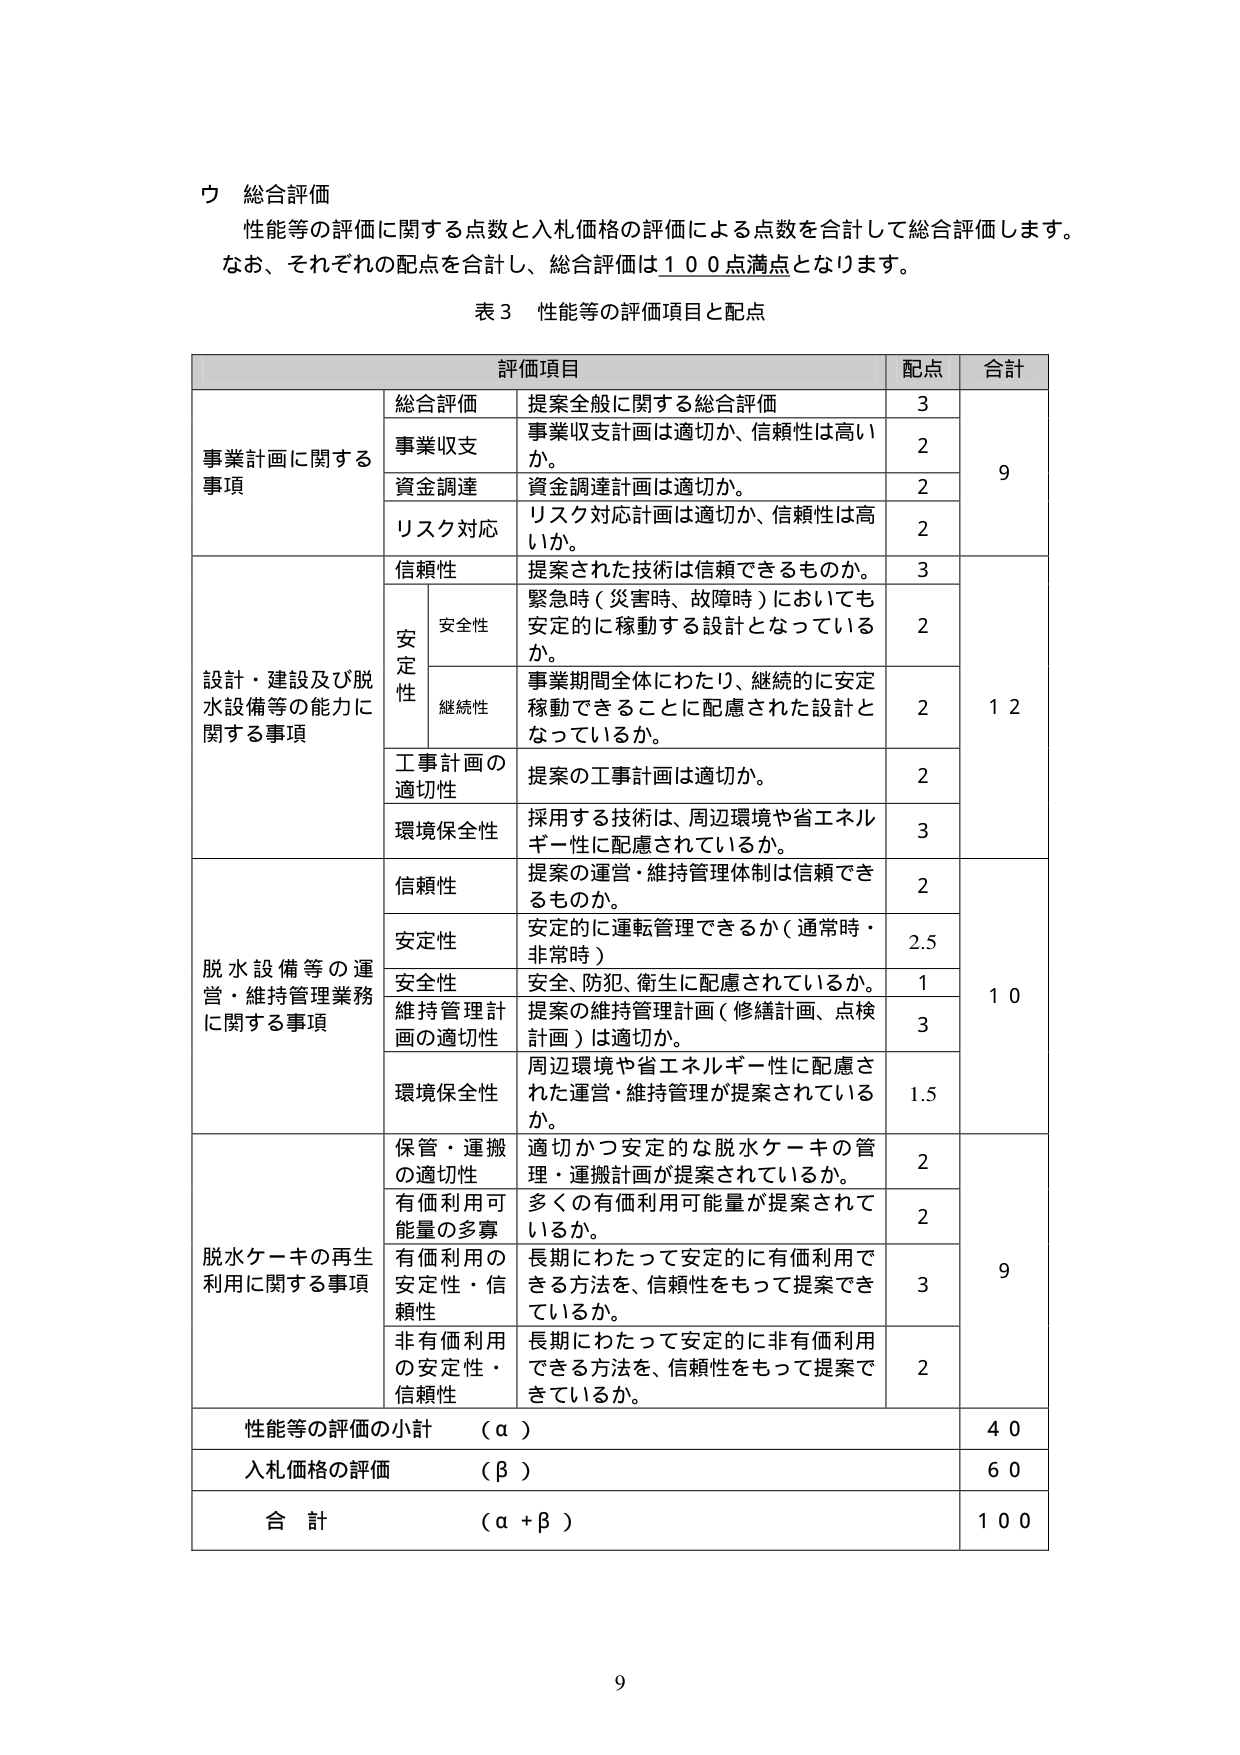
ウ 総合評価
性能等の評価に関する点数と入札価格の評価による点数を合計して総合評価します。
なお、それぞれの配点を合計し、総合評価は１００点満点となります。

表３ 性能等の評価項目と配点

評価項目 配点 合計
事業計画に関する事項
　総合評価 提案全般に関する総合評価 ３ ９
　事業収支 事業収支計画は適切か、信頼性は高いか。 ２
　資金調達 資金調達計画は適切か。 ２
　リスク対応 リスク対応計画は適切か、信頼性は高いか。 ２
設計・建設及び脱水設備等の能力に関する事項
　信頼性 提案された技術は信頼できるものか。 ３ １２
　　安定性
　　　安全性 緊急時（災害時、故障時）においても安定的に稼動する設計となっているか。 ２
　　　継続性 事業期間全体にわたり、継続的に安定稼動できることに配慮された設計となっているか。 ２
　工事計画の適切性 提案の工事計画は適切か。 ２
　環境保全性 採用する技術は、周辺環境や省エネルギー性に配慮されているか。 ３
脱水設備等の運営・維持管理業務に関する事項
　信頼性 提案の運営・維持管理体制は信頼できるものか。 ２ １０
　安定性 安定的に運転管理できるか（通常時・非常時） ２.５
　安全性 安全、防犯、衛生に配慮されているか。 １
　維持管理計画の適切性 提案の維持管理計画（修繕計画、点検計画）は適切か。 ３
　環境保全性 周辺環境や省エネルギー性に配慮された運営・維持管理が提案されているか。 1.5
脱水ケーキの再生利用に関する事項
　保管・運搬の適切性 適切かつ安定的な脱水ケーキの管理・運搬計画が提案されているか。 ２ ９
　有価利用可能量の多寡 多くの有価利用可能量が提案されているか。 ２
　有価利用の安定性・信頼性 長期にわたって安定的に有価利用できる方法を、信頼性をもって提案できているか。 ３
　非有価利用の安定性・信頼性 長期にわたって安定的に非有価利用できる方法を、信頼性をもって提案できているか。 ２
性能等の評価の小計 （α） ４０
入札価格の評価 （β） ６０
合計 （α＋β） １００

９